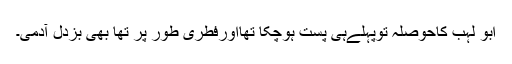
ابو لہب کاحوصلہ توپہلےہی پست ہوچکا تھااورفطری طور پر تھا بھی بزدل آدمی۔